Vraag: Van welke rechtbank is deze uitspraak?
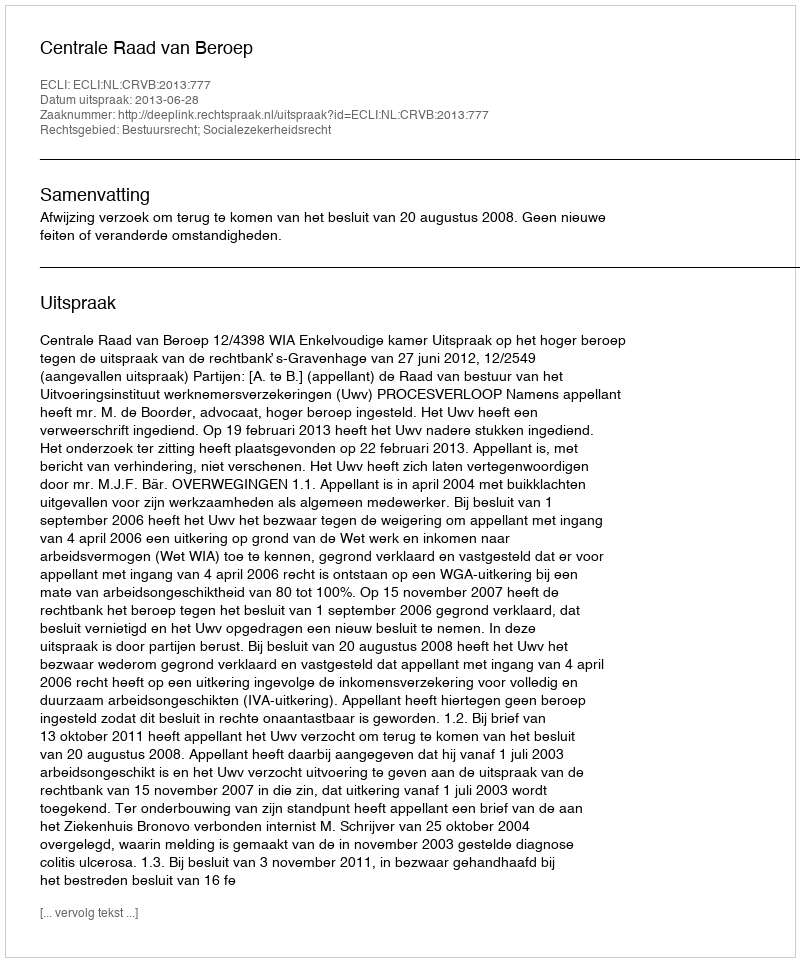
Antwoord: Centrale Raad van Beroep